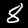
Digit: 8